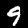
Label: 9